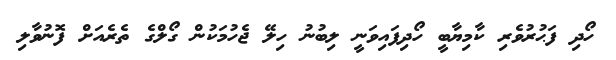
ހޯދި ފަޙުރުވެރި ކާމިޔާބީ ހޯދިފައިވަނީ ލިބުުނު ހިލޭ ޖެހުމަކުން ގޯލްގެ ތެރެއަށް ފޮނުވާލި